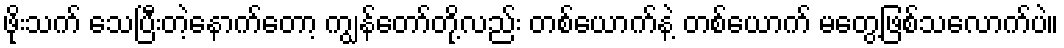
ဖိုးသက် သေပြီးတဲ့နောက်တော့ ကျွန်တော်တို့လည်း တစ်ယောက်နဲ့ တစ်ယောက် မတွေ့ဖြစ်သလောက်ပဲ။